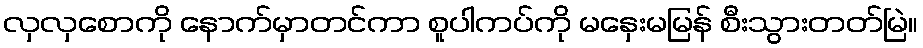
လှလှစောကို နောက်မှာတင်ကာ စူပါကပ်ကို မနှေးမမြန် စီးသွားတတ်မြဲ။